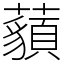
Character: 𧂀